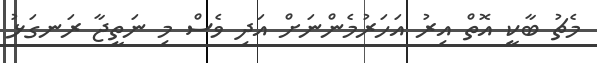
މެޗު ބާކީ އޮތް އިރު އަހަރުމެންނަށް އަދި ވެސް މި ނަތީޖާ ރަނގަޅު